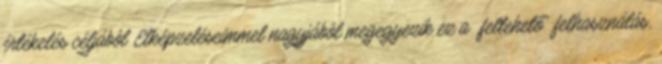
értékelés céljából Elképzeléseimmel nagyjából megegyezik ez a „feltehető” felhasználás,